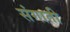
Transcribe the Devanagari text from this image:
संगाती